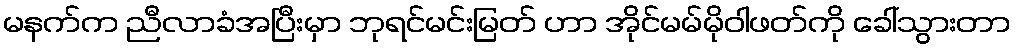
မနက်က ညီလာခံအပြီးမှာ ဘုရင်မင်းမြတ် ဟာ အိုင်မမ်မိုဝါဖတ်ကို ခေါ်သွားတာ